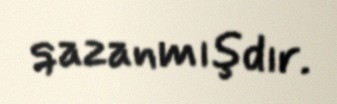
qazanmışdır.